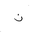
Letter: _non